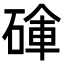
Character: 𥔚